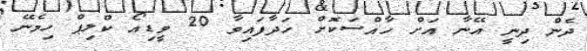
ދެން ދިނީ އޭނާ އަށް ހާއްސަކޮށް ހަދާފައިވާ 20 ވީޑިއޯ ކްލިޕް ހިމެނޭ